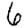
Digit: 6